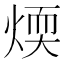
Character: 煗